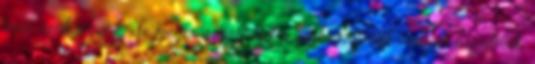
már szükségünk, de mégis a hálószoba szekrényének mélyén lapulnak.